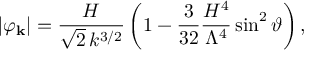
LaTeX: \vert \varphi _ { \bf k } \vert = \frac { H } { \sqrt { 2 } \, k ^ { 3 / 2 } } \left( 1 - \frac { 3 } { 3 2 } \frac { H ^ { 4 } } { \Lambda ^ { 4 } } \sin ^ { 2 } \vartheta \right) ,